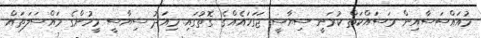
މުއައްސަސާއިން މަސައްކަތް ކުރަނީ ސިޔާސީ ޖަގަހައެއްގެ ގޮތުގައި. މިއަދު ސިޔާސީ މީހުންގެ މައްސަލަތައް